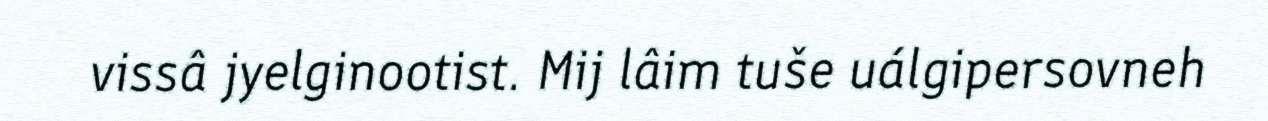
vissâ jyelginootist. Mij lâim tuše uálgipersovneh